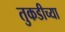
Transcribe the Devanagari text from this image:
तुकडीच्या